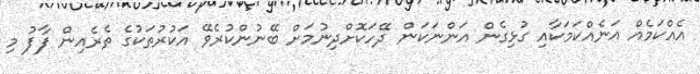
އެއްކަމެއް އަނެއްކަމަކާއި ގުޅިގެން އަންނަކަން ދޭހަކޮށްދިނުމަށް ބޭނުންކުރެވޭ އަކުރުތަކުގެ ތެރެއިން ފާފު މި